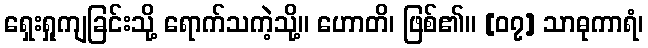
ရှေးရှုကျခြင်းသို့ ရောက်သကဲ့သို့။ ဟောတိ၊ ဖြစ်၏။ [၀၇] သာဓုကာရံ၊